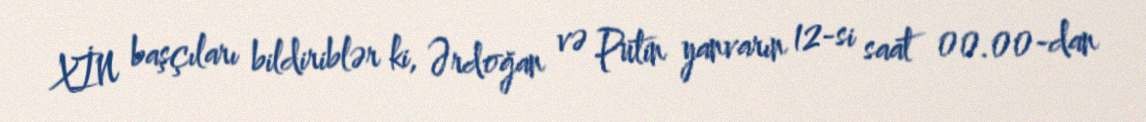
XİN başçıları bildiriblər ki, Ərdoğan və Putin yanvarın 12-si saat 00.00-dan